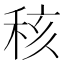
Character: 𥞨